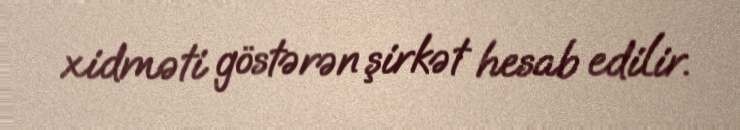
xidməti göstərən şirkət hesab edilir.